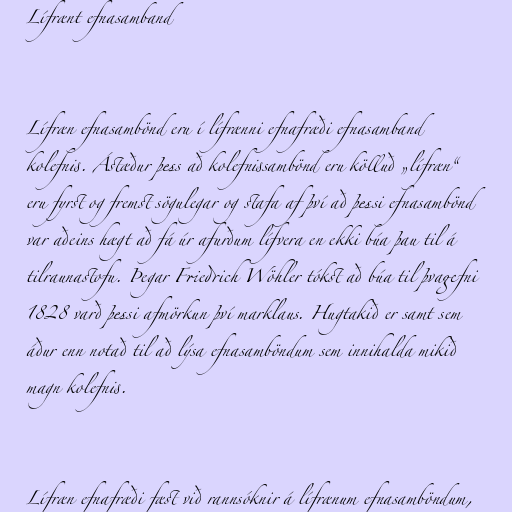
Lífrænt efnasamband

Lífræn efnasambönd eru í lífrænni efnafræði efnasamband
kolefnis. Ástæður þess að kolefnissambönd eru kölluð „lífræn“
eru fyrst og fremst sögulegar og stafa af því að þessi efnasambönd
var aðeins hægt að fá úr afurðum lífvera en ekki búa þau til á
tilraunastofu. Þegar Friedrich Wöhler tókst að búa til þvagefni
1828 varð þessi afmörkun því marklaus. Hugtakið er samt sem
áður enn notað til að lýsa efnasamböndum sem innihalda mikið
magn kolefnis.

Lífræn efnafræði fæst við rannsóknir á lífrænum efnasamböndum,